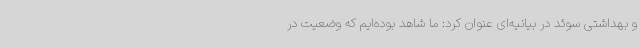
و بهداشتی سوئد در بیانیه‌ای عنوان کرد: ما شاهد بوده‌ایم که وضعیت در